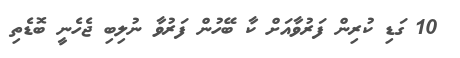
10 ގަޑި ކުރިން ފަރުވާއަށް ކާ ބޭހުން ފަރުވާ ނުލިބި ޖެހެނީ ބޮޑެތި